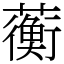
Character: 蘅